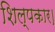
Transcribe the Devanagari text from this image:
शिल्पकार।